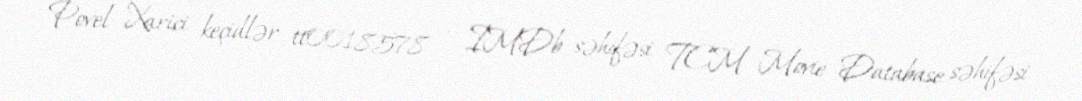
Povel Xarici keçidlər tt0018578 — IMDb səhifəsi TCM Movie Database səhifəsi